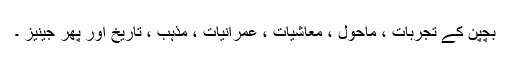
بچپن کے تجربات ، ماحول ، معاشیات ، عمرانیات ، مذہب ، تاریخ اور پھر جینیز ۔